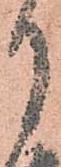
月